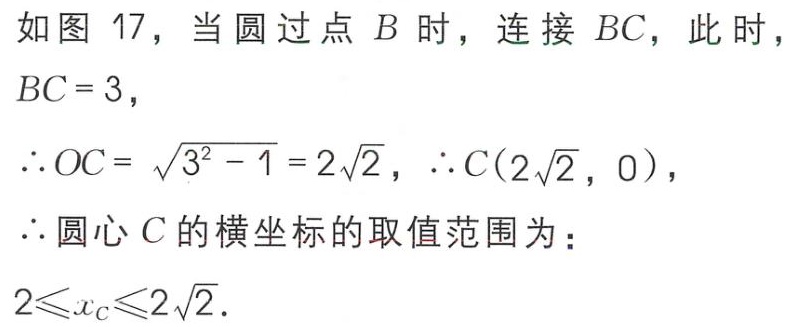
如图 17，当圆过点 \(B\) 时，连接 \(BC\)，此时，
\(BC = 3\)，
\(\therefore OC=\sqrt{3^{2}-1}=2\sqrt{2}\)，\(\therefore C(2\sqrt{2},0)\)，
\(\therefore\)圆心 \(C\) 的横坐标的取值范围为：
\(2\leqslant x_{C}\leqslant2\sqrt{2}\).